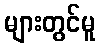
များတွင်မူ